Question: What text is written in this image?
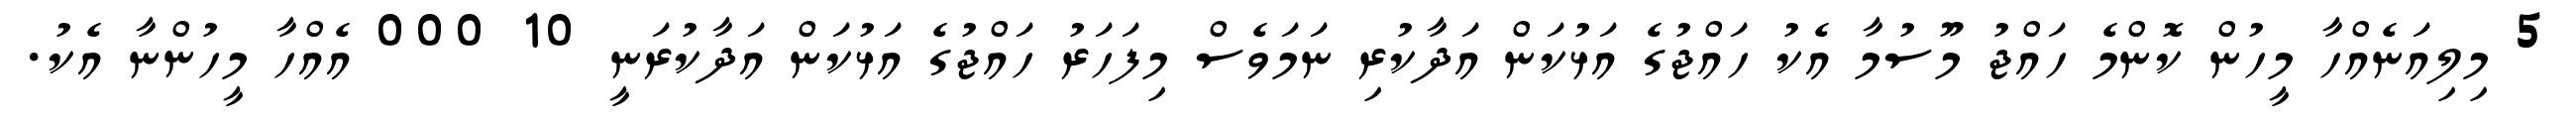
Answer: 5 މިލިއަނެއްހާ މީހުން ކޮންމެ ހައްޖު މޫސުމާ އެކު ހައްޖުގެ އަޅުކަން އަދާކުރި ނަމަވެސް މިފަހަރު ހައްޖުގެ އަޅުކަން އަދާކުރަނީ 10 000 އެއްހާ މީހުންނާ އެކު.